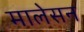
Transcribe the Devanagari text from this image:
मालेसन